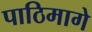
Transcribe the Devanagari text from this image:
पाठिमागे